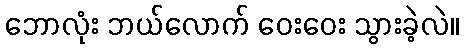
ဘောလုံး ဘယ်လောက် ဝေးဝေး သွားခဲ့လဲ။